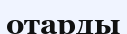
отарды